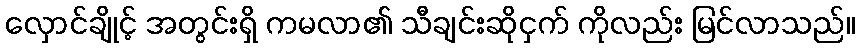
လှောင်ချိုင့် အတွင်းရှိ ကမလာ၏ သီချင်းဆိုငှက် ကိုလည်း မြင်လာသည်။